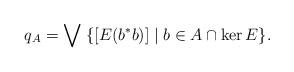
LaTeX: \begin{align*}q_A=\bigvee\;\{[E(b^*b)]\mid b\in A\cap\ker E\}.\end{align*}